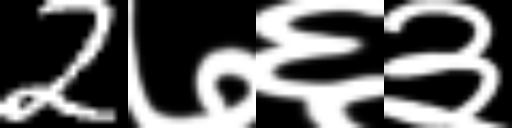
Text: 2७६३